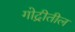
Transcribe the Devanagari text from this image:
गोद्रीतील